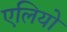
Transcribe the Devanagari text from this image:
एलियो